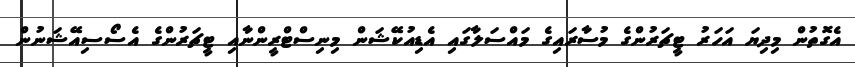
އެގޮތުން މިދިޔަ އަހަރު ޓީޗަރުންގެ މުސާރައިގެ މައްސަލާގައި އެޑިއުކޭޝަން މިނިސްޓްރީންނާއި ޓީޗަރުންގެ އެސޯސިއޭޝަނުން